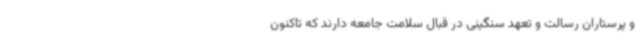
و پرستاران رسالت و تعهد سنگینی در قبال سلامت جامعه دارند که تاکنون